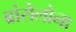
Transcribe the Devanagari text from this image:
ब्रांसेलोना